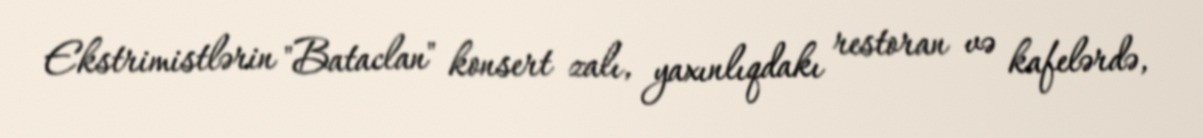
Ekstrimistlərin "Bataclan" konsert zalı, yaxınlıqdakı restoran və kafelərdə,